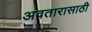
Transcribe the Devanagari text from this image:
अवतारासाठी